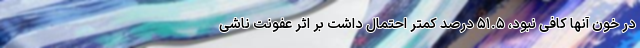
در خون آنها کافی نبود، ۵۱.۵ درصد کمتر احتمال داشت بر اثر عفونت ناشی